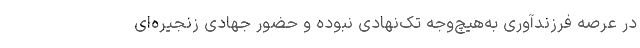
در عرصه فرزندآوری به‌هیچ‌وجه تک‌نهادی نبوده و حضور جهادی زنجیره‌ای